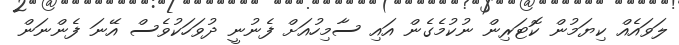
ލަވައެއް ކިޔަމުން ކޮޓަރިން ނުކުމެގެން އައި ސާމިހުއަށް ފެނުނީ ދުވަހަކުވެސް އޭނަ ފެންނަން